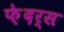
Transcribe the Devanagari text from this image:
फ़ेदर्स